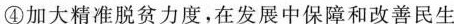
④加大精准脱贫力度，在发展中保障和改善民生